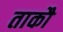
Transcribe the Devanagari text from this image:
ताकौ